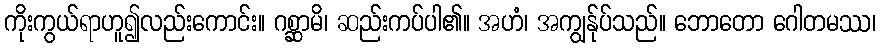
ကိုးကွယ်ရာဟူ၍လည်းကောင်း။ ဂစ္ဆာမိ၊ ဆည်းကပ်ပါ၏။ အဟံ၊ အကျွန်ုပ်သည်။ ဘောတော ဂေါတမဿ၊